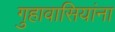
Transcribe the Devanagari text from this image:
गुहावासियांना